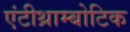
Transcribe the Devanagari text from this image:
एंटीथ्राम्बोटिक